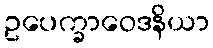
ဥပေက္ခာဝေဒနိယာ